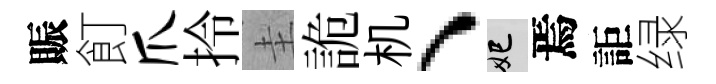
賑飣爪拎圭詭机、妃焉詎绿